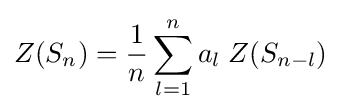
Z(S_{n})={\frac {1}{n}}\sum _{l=1}^{n}a_{l}\;Z(S_{n-l})